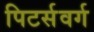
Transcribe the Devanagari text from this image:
पिटर्सवर्ग